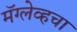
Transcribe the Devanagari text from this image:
मॅग्लेव्हचा